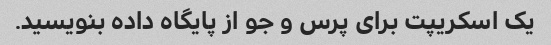
یک اسکریپت برای پرس و جو از پایگاه داده بنویسید.